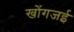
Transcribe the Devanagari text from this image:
खोंगजई